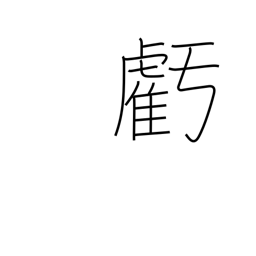
Meaning: wane (moon)